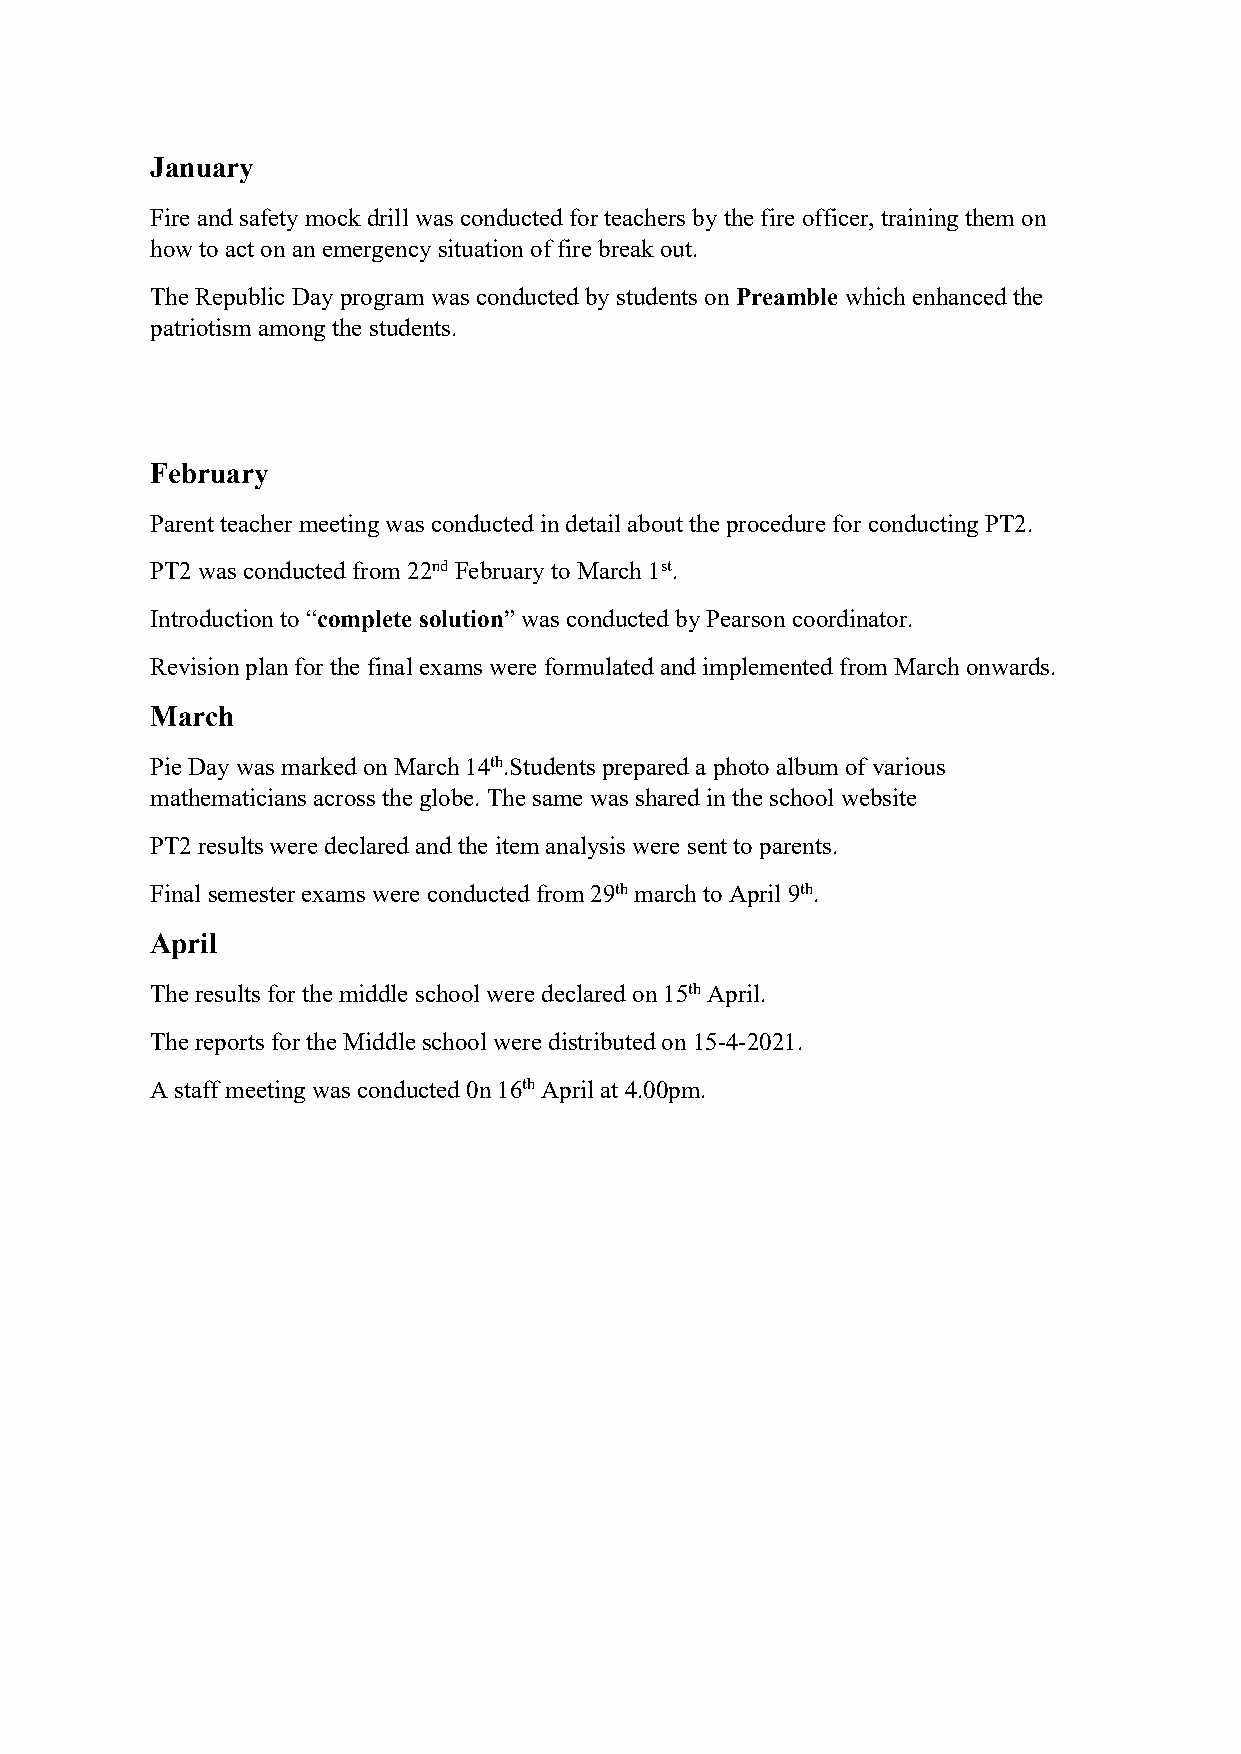
January
 Fire and safety mock drill was conducted for teachers bythefire officer, training them on
 howto act onan emergency situation offire break out.
 TheRepublicDay program was conducted bystudents onPreamble which enhanced the
 patriotismamong the students.
 February
 Parent teacher meeting was conducted in detail about theprocedurefor conducting PT2.
 PT2 was conducted from 22ndFebruary to March 1st.
 Introduction to “complete solution” was conducted byPearson coordinator.
 Revisionplan for thefinal exams were formulated and implemented from March onwards.
 March
 PieDay was marked onMarch 14th.Studentsprepared a photoalbum ofvarious
 mathematicians across the globe. Thesamewas shared in theschool website
 PT2 resultswere declared and theitem analysis were sent to parents.
 Final semester exams were conducted from 29thmarch toApril 9th.
 April
 Theresults for themiddleschool were declared on15thApril.
 Thereports for theMiddleschool were distributed on15-4-2021.
 Astaff meeting was conducted 0n16thApril at 4.00pm.